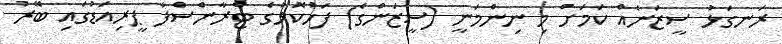
ރަނގަޅު ސީޒަނެއް ކަމަށް މި ނިންމަނީ (ސީޒަންގެ) ފަހުކޮޅުގެ ޓްރާންސްފާ ޕީރިއަޑުގައި ބޭރު